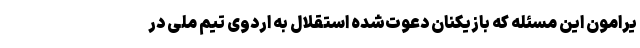
یرامون این مسئله که بازیکنان دعوت‌شده استقلال به اردوی تیم ملی در